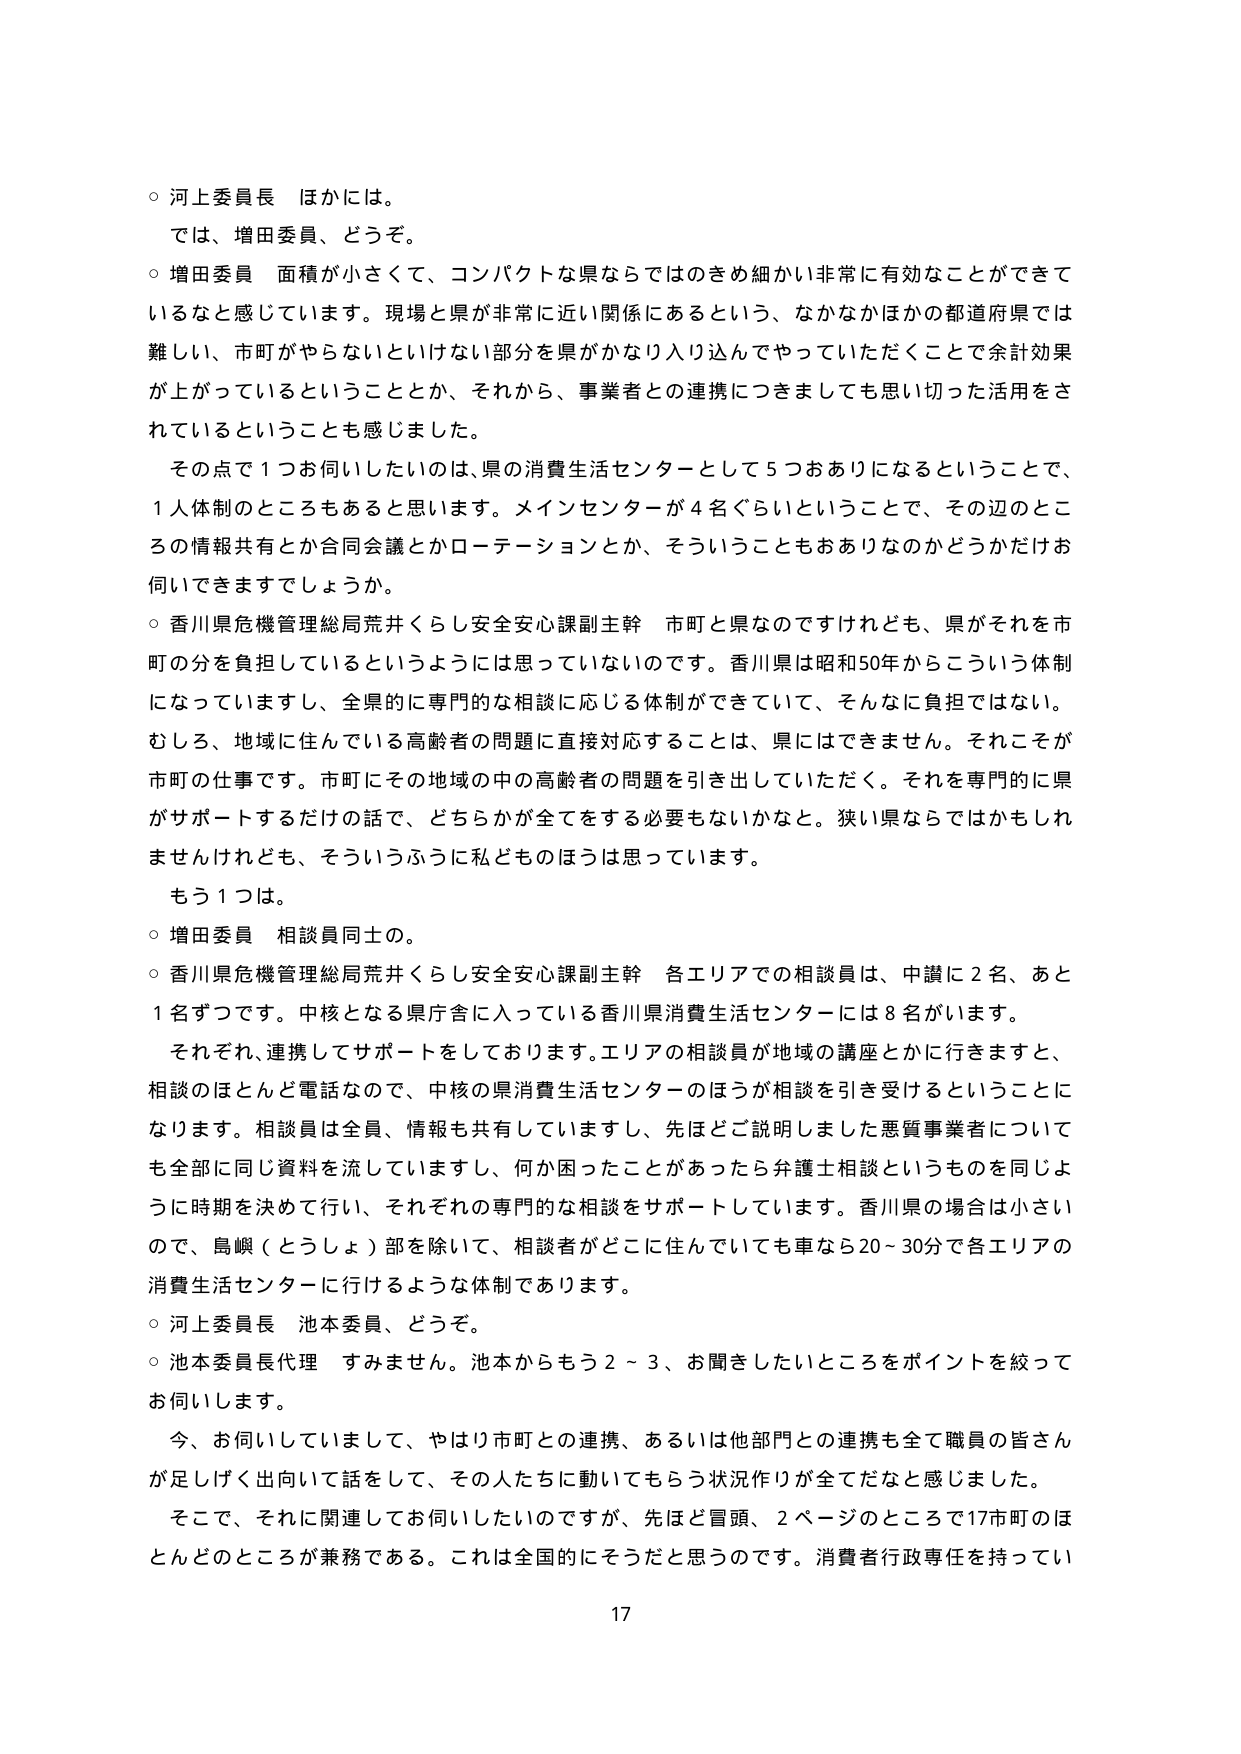
○ 河上委員長 ほかには。
　では、増田委員、どうぞ。

○ 増田委員 面積が小さくて、コンパクトな県ならではのきめ細かい非常に有効なことができて
いるなと感じています。現場と県が非常に近い関係にあるという、なかなかほかの都道府県では
難しい、市町がやらないといけない部分を県がかなり入り込んでやっていただくことで余計効果
が上がっているということとか、それから、事業者との連携につきましても思い切った活用をさ
れているということも感じました。
　その点で１つお伺いしたいのは、県の消費生活センターとして５つおありになるということで、
１人体制のところもあると思います。メインセンターが４名ぐらいということで、その辺のとこ
ろの情報共有とか合同会議とかローテーションとか、そういうこともおありなのかどうかだけお
伺いできますでしょうか。

○ 香川県危機管理総局荒井くらし安全安心課副主幹 市町と県なのですけれども、県がそれを市
町の分を負担しているというようには思っていないのです。香川県は昭和50年からこういう体制
になっていますし、全県的に専門的な相談に応じる体制ができていて、そんなに負担ではない。
むしろ、地域に住んでいる高齢者の問題に直接対応することは、県にはできません。それこそが
市町の仕事です。市町にその地域の中の高齢者の問題を引き出していただく。それを専門的に県
がサポートするだけの話で、どちらかが全てをする必要もないかなと。狭い県ならではかもしれ
ませんけれども、そういうふうに私どものほうは思っています。
　もう１つは。

○ 増田委員 相談員同士の。

○ 香川県危機管理総局荒井くらし安全安心課副主幹 各エリアでの相談員は、中讃に２名、あと
１名ずつです。中核となる県庁舎に入っている香川県消費生活センターには８名がいます。
　それぞれ、連携してサポートをしております。エリアの相談員が地域の講座とかに行きますと、
相談のほとんど電話なので、中核の県消費生活センターのほうが相談を引き受けるということに
なります。相談員は全員、情報も共有していますし、先ほどご説明しました悪質事業者について
も全部に同じ資料を流していますし、何か困ったことがあったら弁護士相談というものを同じよ
うに時期を決めて行い、それぞれの専門的な相談をサポートしています。香川県の場合は小さい
ので、島嶼（とうしょ）部を除いて、相談者がどこに住んでいても車なら20～30分で各エリアの
消費生活センターに行けるような体制であります。

○ 河上委員長 池本委員、どうぞ。

○ 池本委員長代理 すみません。池本からもう２～３、お聞きしたいところをポイントを絞って
お伺いします。
　今、お伺いしていまして、やはり市町との連携、あるいは他部門との連携も全て職員の皆さん
が足しげく出向いて話をして、その人たちに動いてもらう状況作りが全てだなと感じました。
　そこで、それに関連してお伺いしたいのですが、先ほど冒頭、２ページのところで17市町のほ
とんどのところが兼務である。これは全国的にそうだと思うのです。消費者行政専任を持ってい

17